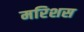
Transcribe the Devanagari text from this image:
मरिशस